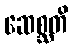
ဆေစ္ဆတိ